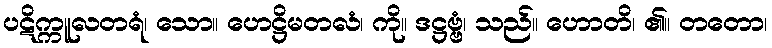
ပဋိက္ကူလတရံ၊ သော။ ဟေဋ္ဌိမတလံ၊ ကို။ ဒဋ္ဌဗ္ဗံ၊ သည်။ ဟောတိ၊ ၏။ တတော၊